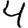
Digit: 4